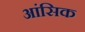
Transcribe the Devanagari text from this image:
आंसिक